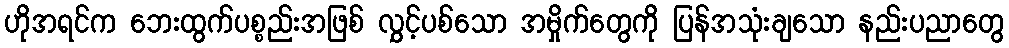
ဟိုအရင်က ဘေးထွက်ပစ္စည်းအဖြစ် လွှင့်ပစ်သော အမှိုက်တွေကို ပြန်အသုံးချသော နည်းပညာတွေ